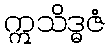
ဣသိဒ္ဓဇံ